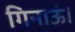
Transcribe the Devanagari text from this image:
गिनाऊं।